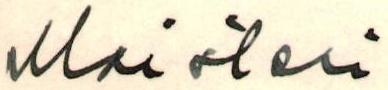
Maisteri